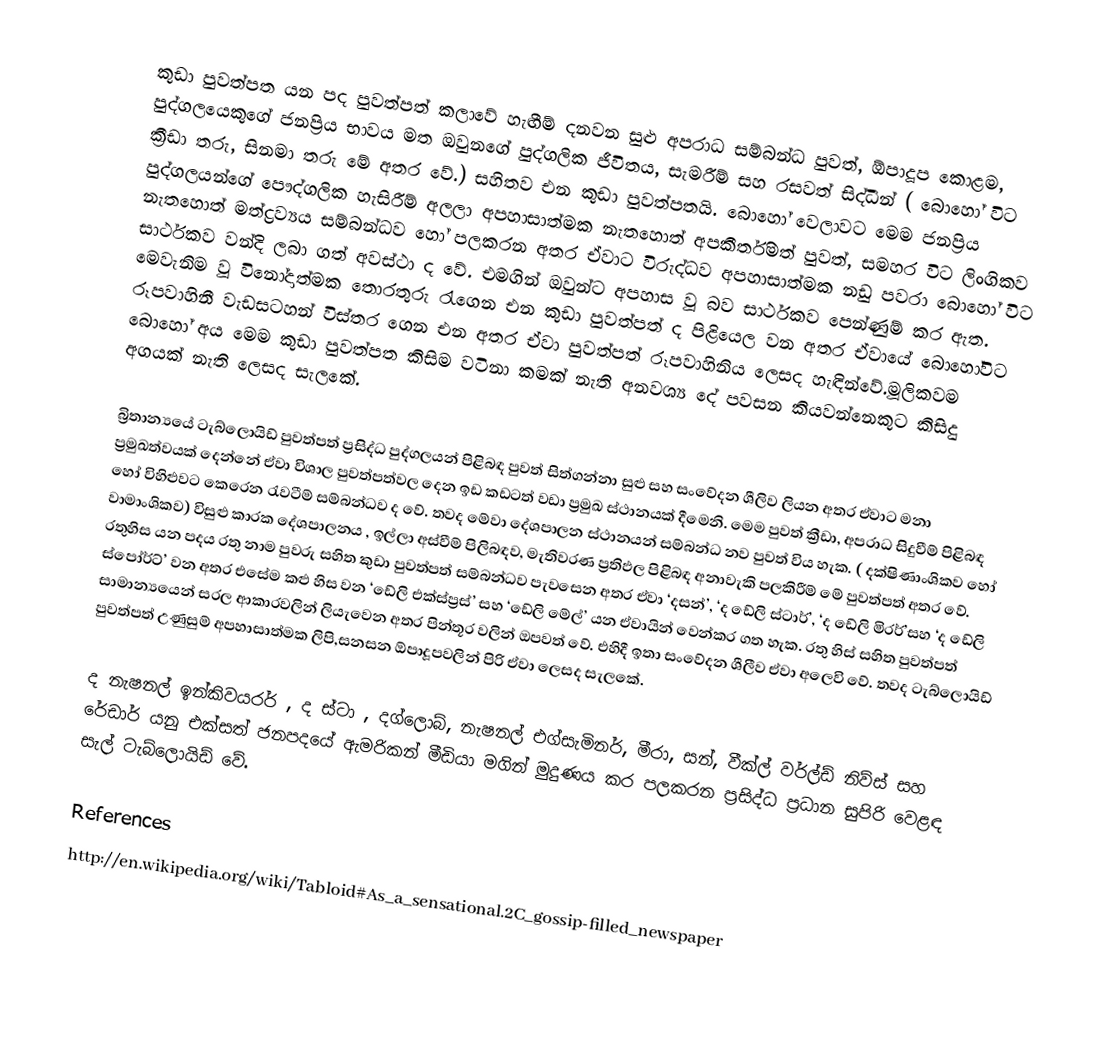
කුඩා පුවත්පත යන පද පුවත්පත් කලාවේ හැඟීම් දනවන සුළු අපරාධ සම්බන්ධ පුවත්, ඕපාදූප කොළම, පුද්ගලයෙකුගේ ජනප්‍රිය භාවය මත ඔවුනගේ පුද්ගලික ජීවිතය, සැමරීම් සහ රසවත් සිද්ධීන් ( බොහෝ විට ක්‍රීඩා තරු, සිනමා තරු මේ අතර වේ.) සහිතව එන කුඩා පුවත්පතයි. බොහෝ වෙලාවට මෙම ජනප්‍රිය පුද්ගලයන්ගේ පෞද්ගලික හැසිරීම් අලලා අපහාසාත්මක නැතහොත් අපකීර්තිමත් පුවත්, සමහර විට ලිංගිකව නැතහොත් මත්ද්‍රව්‍යය සම්බන්ධව හෝ පලකරන අතර ඒවාට විරුද්ධව අපහාසාත්මක නඩු පවරා බොහෝ විට සාර්ථකව වන්දි ලබා ගත් අවස්ථා ද වේ. එමගින් ඔවුන්ට අපහාස වූ බව සාර්ථකව පෙන්ණුම් කර ඇත. මෙවැනිම වූ විනෝදාත්මක තොරතුරු රැගෙන එන කුඩා පුවත්පත් ද පිළියෙල වන අතර ඒවායේ බොහෝවිට රූපවාහිනී වැඩසටහන් විස්තර ගෙන එන අතර ඒවා පුවත්පත් රූපවාහිනිය ලෙසද හැඳින්වේ.මූලිකවම බොහෝ අය මෙම කුඩා පුවත්පත කිසිම වටිනා කමක් නැති අනවශ්‍ය දේ පවසන කියවන්නෙකුට කිසිදු අගයක් නැති ලෙසද සැලකේ.

බ්‍රිතාන්‍යයේ ටැබ්ලොයිඩ් පුවත්පත් ප්‍රසිද්ධ පුද්ගලයන් පිළිබඳ පුවත් සිත්ගන්නා සුළු සහ සංවේදන ශීලිව ලියන අතර ඒවාට මනා ප්‍රමුඛත්වයක් දෙන්නේ ඒවා විශාල පුවත්පත්වල  දෙන ඉඩ කඩටත් වඩා ප්‍රමුඛ ස්ථානයක් දීමෙනි. මෙම පුවත් ක්‍රීඩා, අපරාධ සිදුවීම් පිළිබඳ හෝ විහිළුවට කෙරෙන රැවටීම් සම්බන්ධව ද වේ. තවද මේවා දේශපාලන ස්ථානයන් සම්බන්ධ නව පුවත් විය හැක. ( දක්ෂිණාංශිකව හෝ වාමාංශිකව) විසුළු කාරක දේශපාලනය , ඉල්ලා අස්වීම් පිලිබඳව, මැතිවරණ ප්‍රතිඵල පිළිබඳ අනාවැකි පලකිරීම් මේ පුවත්පත් අතර වේ. රතුහිස යන පදය රතු නාම පුවරු සහිත කුඩා පුවත්පත් සම්බන්ධව පැවසෙන අතර ඒවා ‘දසන්’, ‘ද ඩේලි ස්ටාර්’, ‘ද ඩේලි මිරර්’සහ ‘ද ඩේලි ස්පෝර්ට්’ වන අතර එසේම කළු හිස වන  ‘ඩේලි එක්ස්ප්‍රස්’ සහ ‘ඩේලි මේල්’ යන ඒවායින් වෙන්කර ගත හැක. රතු හිස් සහිත පුවත්පත් සාමාන්‍යයෙන් සරල ආකාරවලින් ලියැවෙන අතර පින්තූර වලින් ඔපවත් වේ. එහිදී ඉතා සංවේදන ශීලීව ඒවා අලෙවි වේ. තවද ටැබ්ලොයිඩ් පුවත්පත් උණුසුම් අපහාසාත්මක ලිපි,සනසන ඕපාදූපවලින් පිරි ඒවා ලෙසද සැලකේ.

ද නැෂනල් ඉන්කිවයරර් , ද ස්ටා , දග්ලොබ්, නැෂනල් එග්සැමිනර්, මීරා, සන්, වීක්ල් වර්ල්ඩ් නිව්ස් සහ රේඩාර් යනු එක්සත් ජනපදයේ ඇමරිකන් මීඩියා මගින් මුදුණය කර පලකරන ප්‍රසිද්ධ ප්‍රධාන සුපිරි වෙළඳ සැල් ටැබ්ලොයිඩ් වේ.

References
http://en.wikipedia.org/wiki/Tabloid#As_a_sensational.2C_gossip-filled_newspaper